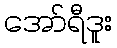
အော်ရီဒူး